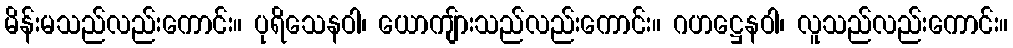
မိန်းမသည်လည်းကောင်း။ ပုရိသေနဝါ၊ ယောကျ်ားသည်လည်းကောင်း။ ဂဟဋ္ဌေနဝါ၊ လူသည်လည်းကောင်း။